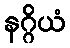
နဂ္ဂိယံ